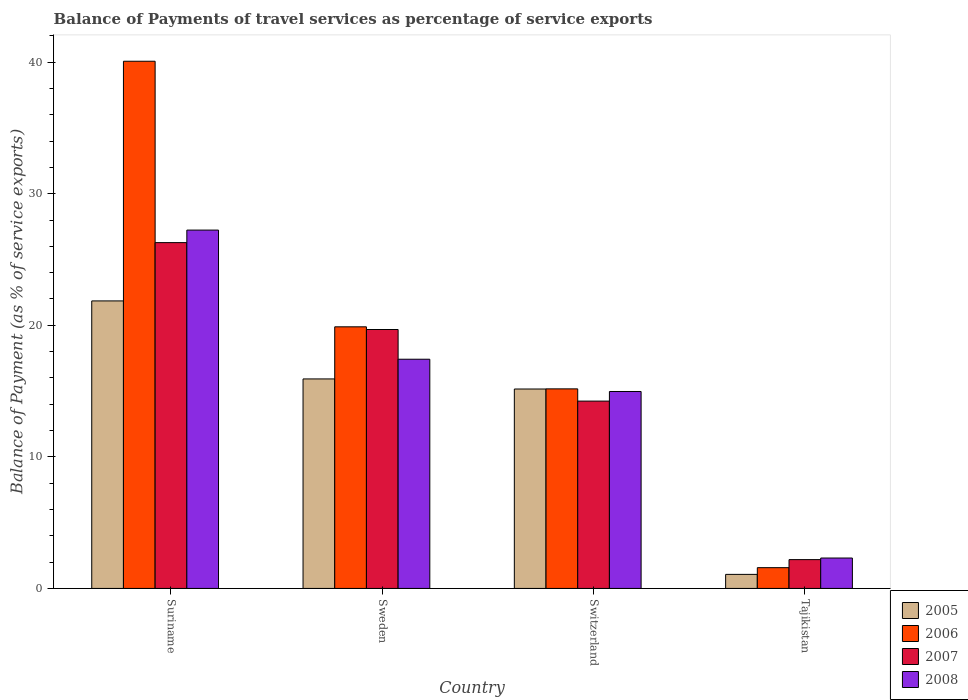
| Country | 2005 | 2006 | 2007 | 2008 |
 | --- | --- | --- | --- | --- |
 | Suriname | 21.9 | 40.1 | 26.3 | 27.2 |
 | Sweden | 15.9 | 19.9 | 19.7 | 17.4 |
 | Switzerland | 15.2 | 15.2 | 14.2 | 15 |
 | Tajikistan | 1.07 | 1.58 | 2.19 | 2.31 |